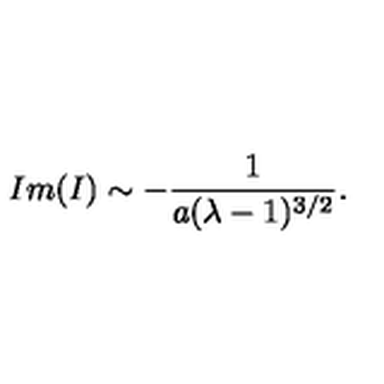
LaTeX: I m ( I ) \sim - { \frac { 1 } { a ( \lambda - 1 ) ^ { 3 / 2 } } } .